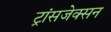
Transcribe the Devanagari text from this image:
ट्रांसजेक्सन